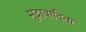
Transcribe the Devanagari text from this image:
मुद्रावादिता